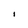
Character: I